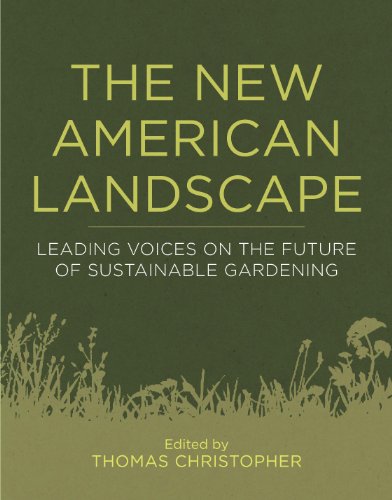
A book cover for The New American Landscape: Leading Voices on the Future of Sustainable Gardening; Crafts, Hobbies & Home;